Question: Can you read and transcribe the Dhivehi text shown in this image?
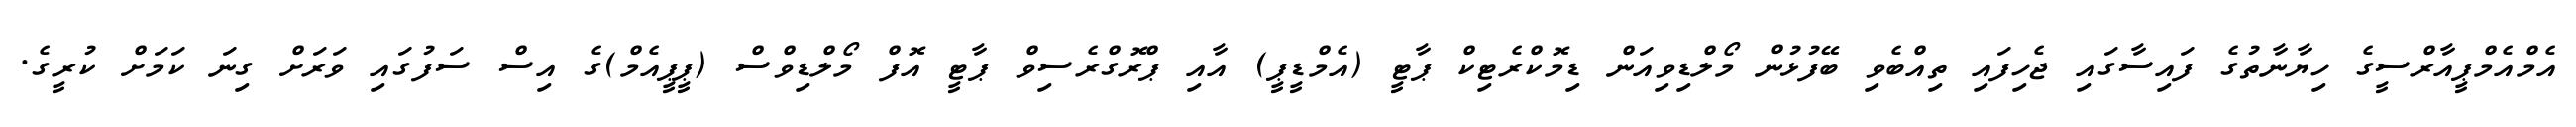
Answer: އެމްއެމްޕީއާރްސީގެ ހިޔާނާތުގެ ފައިސާގައި ޖެހިފައި ތިއްބެވި ބޭފުޅުން މޯލްޑިވިއަން ޑިމޮކްރެޓިކް ޕާޓީ (އެމްޑީޕީ) އާއި ޕްރޮގްރެސިވް ޕާޓީ އޮފް މޯލްޑިވްސް (ޕީޕީއެމް)ގެ އިސް ސަފުގައި ވަރަށް ގިނަ ކަމަށް ކުރީގެ.